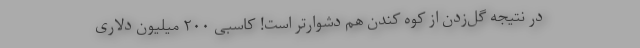
در نتیجه گل‌زدن از کوه کندن هم دشوارتر است! کاسبی ۲۰۰ میلیون دلاری